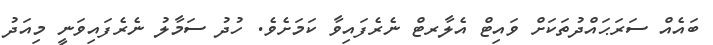
ބައެއް ސަރަޙައްދުތަކަށް ވައިޓް އެލާރޓް ނެރެފައިވާ ކަމަށެވެ. ހުދު ސަމާލު ނެރެފައިވަނީ މިއަދު